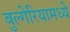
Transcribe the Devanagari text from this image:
बुल्गेरियामध्ये